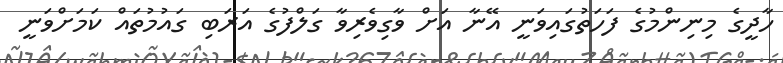
ހާދީގެ މިނިންމުގެ ފަހަތުގައިވަނީ އޭނާ އަށް ވާގިވެރިވާ ގަލްފުގެ އަރަބި ގައުމުތައް ކަމަށްވަނީ